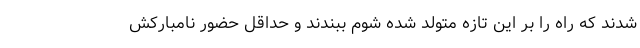
شدند که راه را بر این تازه متولد شده شوم ببندند و حداقل حضور نامبارکش